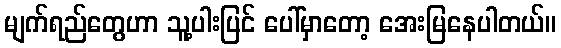
မျက်ရည်တွေဟာ သူ့ပါးပြင် ပေါ်မှာတော့ အေးမြနေပါတယ်။